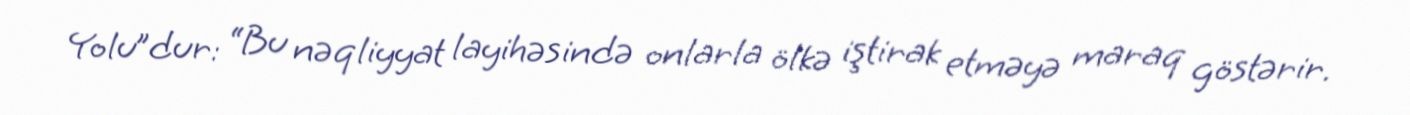
Yolu”dur: “Bu nəqliyyat layihəsində onlarla ölkə iştirak etməyə maraq göstərir.